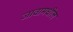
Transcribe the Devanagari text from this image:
जावामधील